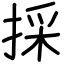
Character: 採